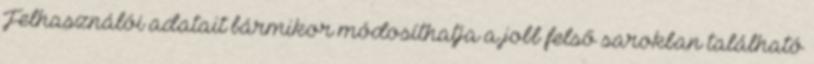
Felhasználói adatait bármikor módosíthatja a jobb felső sarokban található